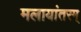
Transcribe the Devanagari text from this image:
मलायांतरम्‌